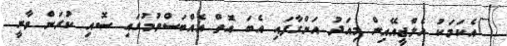
"އެކަމަކު އެލްޖީއޭއިން މިއަދު އަންގާފައި އެބަ އޮތް އެއްބަސްވުމުގައި ސޮއި ކުރަން ވާނީ